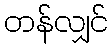
တန်လျှင်